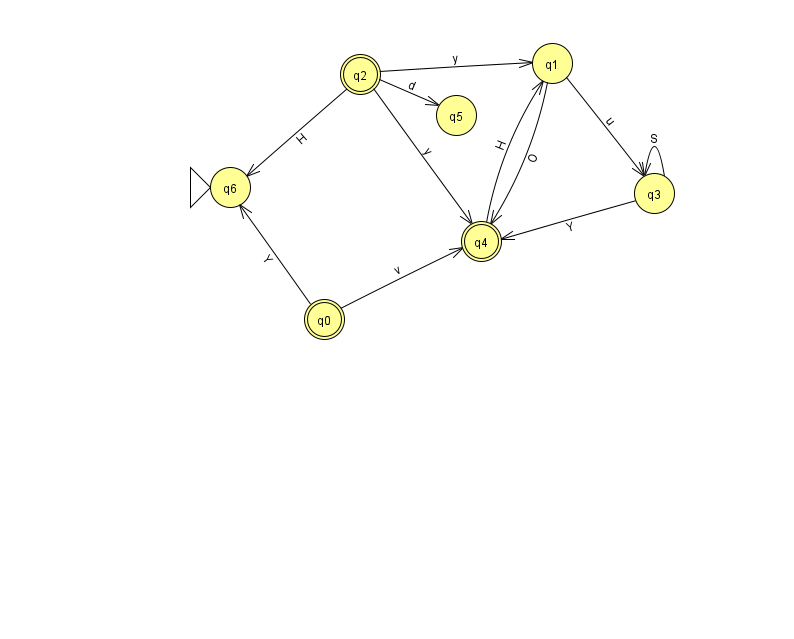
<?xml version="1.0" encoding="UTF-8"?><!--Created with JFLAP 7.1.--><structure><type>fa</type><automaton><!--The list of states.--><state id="0" name="q0"><x>324.0</x><y>306.0</y><final/></state><state id="1" name="q1"><x>552.0</x><y>50.0</y></state><state id="2" name="q2"><x>360.0</x><y>61.0</y><final/></state><state id="3" name="q3"><x>654.0</x><y>180.0</y></state><state id="4" name="q4"><x>481.0</x><y>228.0</y><final/></state><state id="5" name="q5"><x>456.0</x><y>102.0</y></state><state id="6" name="q6"><x>230.0</x><y>174.0</y><initial/></state><!--The list of transitions.--><transition><from>2</from><to>1</to><read>y</read></transition><transition><from>1</from><to>3</to><read>u</read></transition><transition><from>2</from><to>5</to><read>d</read></transition><transition><from>3</from><to>3</to><read>S</read></transition><transition><from>4</from><to>1</to><read>H</read></transition><transition><from>1</from><to>4</to><read>O</read></transition><transition><from>3</from><to>4</to><read>Y</read></transition><transition><from>0</from><to>4</to><read>v</read></transition><transition><from>2</from><to>4</to><read>y</read></transition><transition><from>2</from><to>6</to><read>H</read></transition><transition><from>0</from><to>6</to><read>Y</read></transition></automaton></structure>